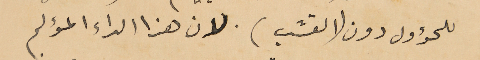
للحؤول دون (القشب). لان هذا الداء المؤلم